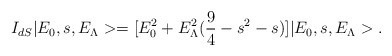
\begin{align*}I_{dS} | E_0, s, E_{\Lambda} > = [ E_0^2 + E_{\Lambda}^2 (\frac{9}{4} - s^2 -s )] | E_0, s, E_{\Lambda} >.\end{align*}